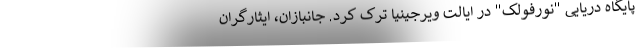
پایگاه دریایی "نورفولک" در ایالت ویرجینیا ترک کرد. جانبازان، ایثارگران